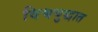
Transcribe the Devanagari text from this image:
विश्वयुद्धात